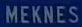
MEKNES